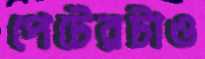
পেটেরটাও